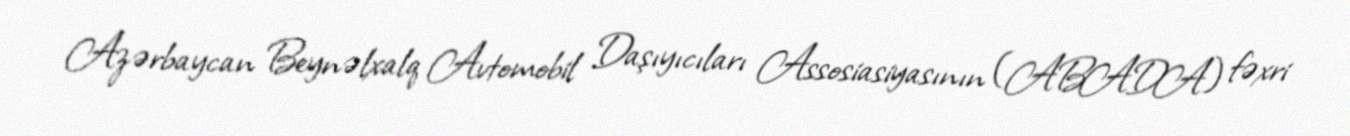
Azərbaycan Beynəlxalq Avtomobil Daşıyıcıları Assosiasiyasının (ABADA) fəxri